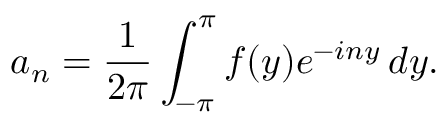
a _ { n } = { \frac { 1 } { 2 \pi } } \int _ { - \pi } ^ { \pi } f ( y ) e ^ { - i n y } \, d y .